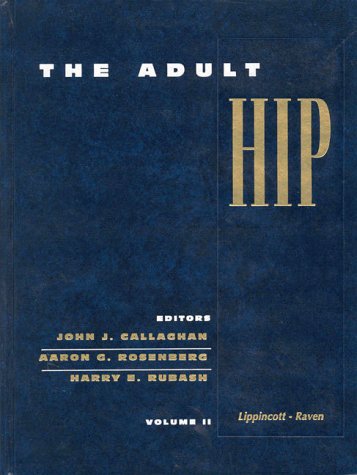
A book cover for The Adult Hip; John J. Callaghan; Health, Fitness & Dieting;